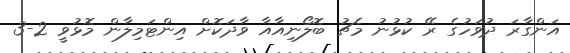
އަންގާރަ ދުވަހުގެ ރޭ ކުޅުނު މެޗު ބޮލޯނިއާއާ ވާދަކޮށް އިންޓަމިލާން މޮޅުވީ 2-3